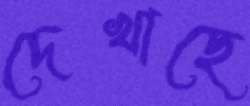
দেখাছে